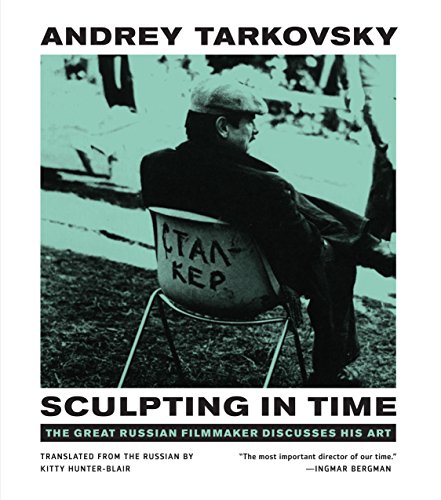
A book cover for Sculpting in Time: Tarkovsky The Great Russian Filmaker Discusses His Art; Andrey Tarkovsky; Humor & Entertainment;